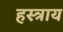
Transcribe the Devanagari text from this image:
हस्त्राय